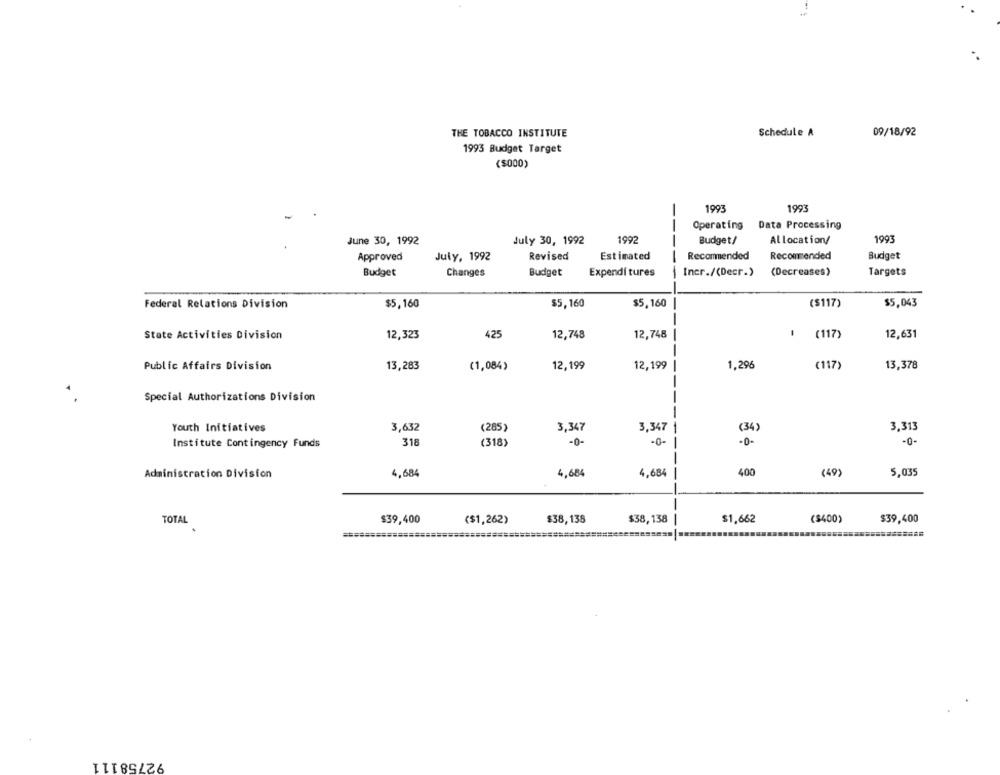
Schedule A
09/18/92
THE TOBACCO INSTITUTE
1993 Budget Target
($000)
1993
1993
Operating Data Processing
June 30, 1992
July 30, 1992
1992
Budget/
Allocation/
1993
Approved
July, 1992
Revised
Estimated
Recommended
Recommended
Budget
Budget
Budget
---
Incr./(Decr.)
(Decreases)
Targets
Changes
Expendi tures
$5,160
$5,160
($117)
Federal Relations Division
$5,160
$5,043
-
12,748
State Activities Division
12,323
425
12,748
I (117)
12,631
12,199
(117)
13,378
Public Affairs Division
13,283
(1,084)
12,199
1,296
Special Authorizations Division
---
Youth Initiatives
3,632
3,347
3,347
(34)
3,31
(285)
--
Institute Contingency Funds
318
-0-
-0-
-0-
(318)
-
-
Administration Division
4,684
4,684
4,684
-
400
(49)
5,035
TOTAL
$39,400
$38,138
$38,138
$1,662
($400)
$39,400
($1,262)
92758111